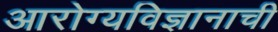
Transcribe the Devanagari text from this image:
आरोग्यविज्ञानाची